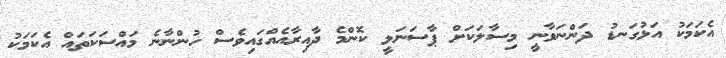
އެކަމަކު އަޅުގަނޑު ދަންނަވާނީ މިސާލަކަށް ޕާސަނަލީ ކޮންމެ ދާއިރާއެއްގައިވެސް ހުންނާނެ މައްސަކަތައް އެކަމަކު